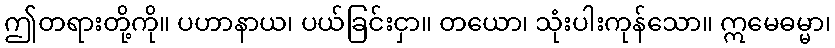
ဤတရားတို့ကို။ ပဟာနာယ၊ ပယ်ခြင်းငှာ။ တယော၊ သုံးပါးကုန်သော။ ဣမေဓမ္မာ၊